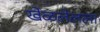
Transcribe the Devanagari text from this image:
खेळलेलला